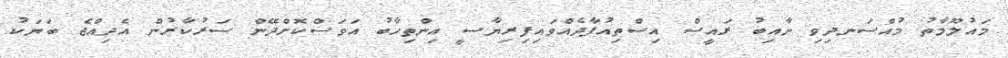
މައުލޫމާތު މުއްސަނދިވި ނާއިބު ރައީސް އިސްތިއުފާދެއްވައިފިރިޔާސީ އިންތިހާބު އަވަސްކޮށްދޭން ސަރުކާރުން އެދިއްޖެ ބަޔަކު